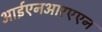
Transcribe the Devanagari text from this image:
आईएनआरएएन